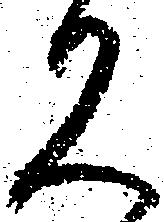
久